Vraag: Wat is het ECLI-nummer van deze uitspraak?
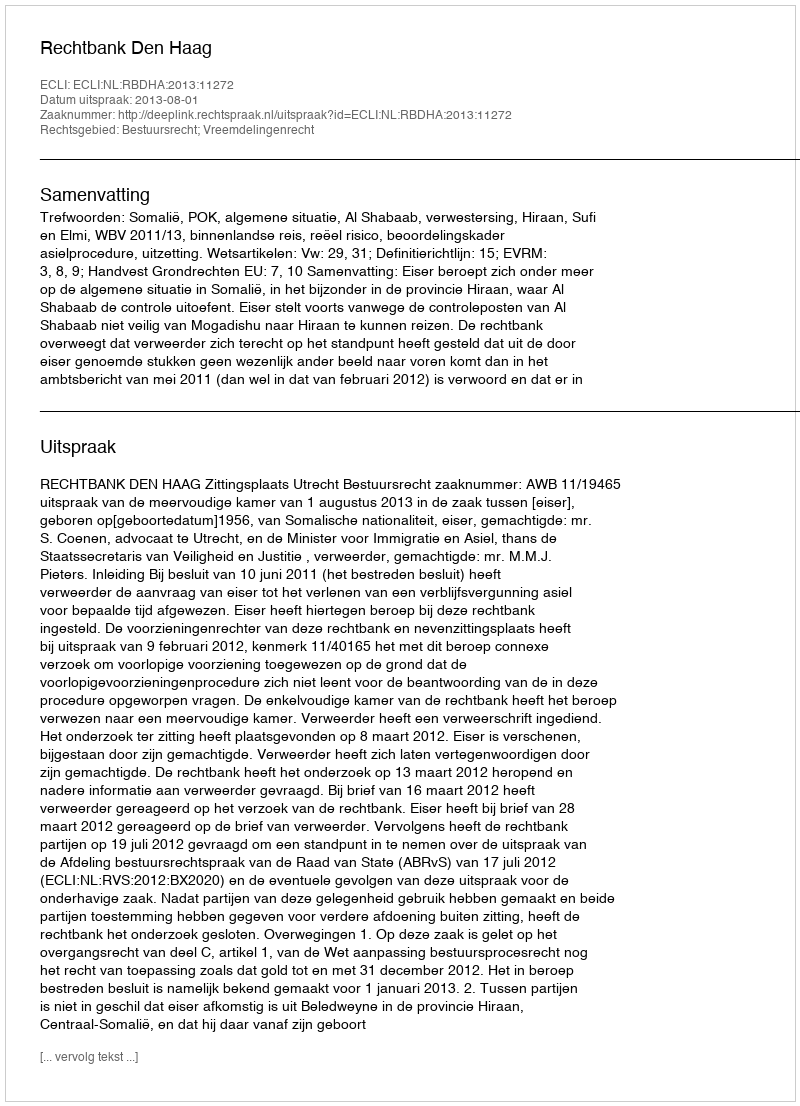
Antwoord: ECLI:NL:RBDHA:2013:11272